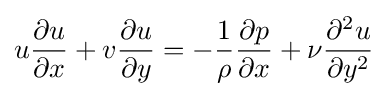
u{\dfrac {\partial u}{\partial x}}+v{\dfrac {\partial u}{\partial y}}=-{\dfrac {1}{\rho }}{\dfrac {\partial p}{\partial x}}+{\nu }{\dfrac {\partial ^{2}u}{\partial y^{2}}}